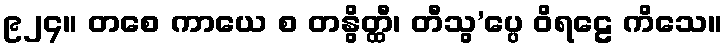
၉၂၄။ တစေ ကာယေ စ တနွိတ္ထီ၊ တီသွ’ပ္ပေ ဝိရဠေ ကိသေ။